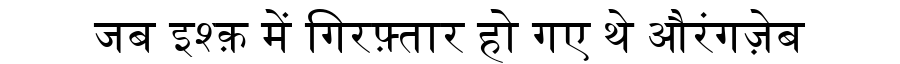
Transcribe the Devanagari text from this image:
जब इश्क़ में गिरफ़्तार हो गए थे औरंगज़ेब